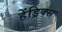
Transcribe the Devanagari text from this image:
हेंड्रिक्‍स